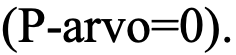
(P-arvo=0).